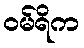
ဝမ်ရိက